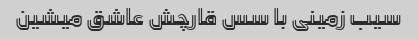
سیب زمینی با سس قارچش عاشق میشین